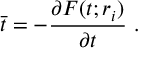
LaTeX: \bar { t } = - { \frac { \partial F ( t ; r _ { i } ) } { \partial t } } \ .